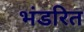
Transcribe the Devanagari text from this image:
भंडरित